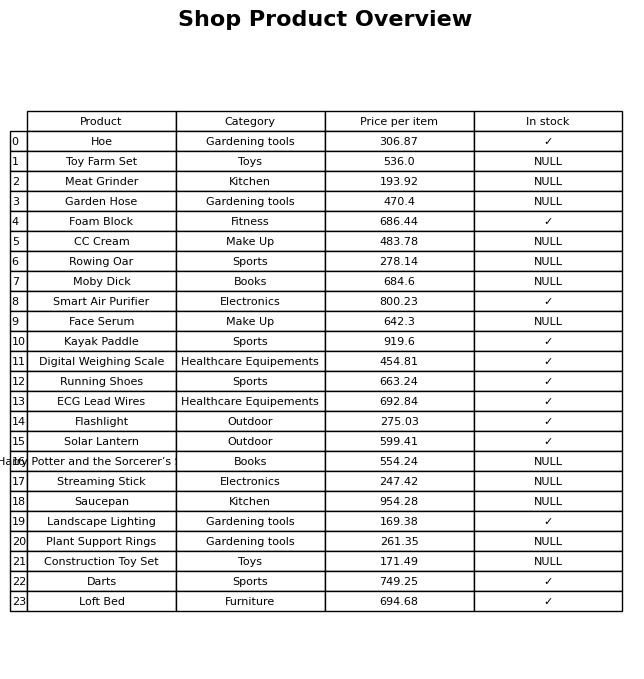
question: What category does the Toy Farm Set belong to?
answer: Toys